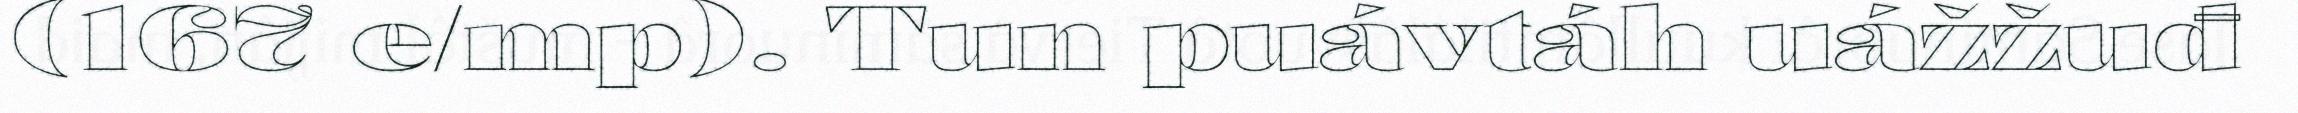
(167 e/mp). Tun puávtáh uážžuđ